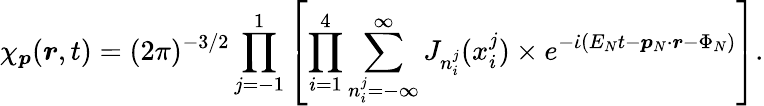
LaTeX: \chi_{\boldsymbol{p}}(\boldsymbol{r},t)=(2\pi)^{-3/2}\prod_{\substack{j=-1}}^{1}\left[\prod_{\substack{i=1}}^{4}\sum_{n_{i}^{j}=-\infty}^{\infty}J_{n_{i}^{j}}(x_{i}^{j})\times e^{-\dot{\iota}(E_{N}t-\boldsymbol{p}_{N}\cdot\boldsymbol{r}-{\Phi_{N}})}\right].